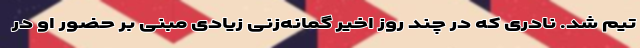
تیم شد. نادری که در چند روز اخیر گمانه‌زنی زیادی مبنی بر حضور او در